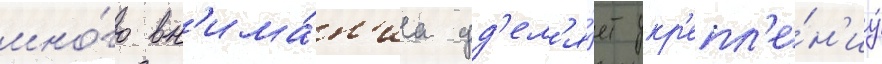
мно́го вн'има́н'иа уд'ел'я́ет укр'епл'е́н'иу